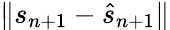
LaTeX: \| s_{n+1}-\hat{s}_{n+1}\|